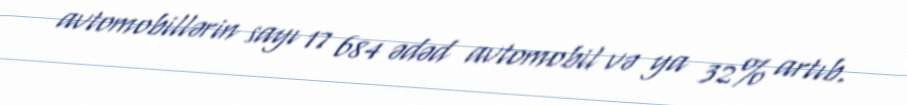
avtomobillərin sayı 17 684 ədəd avtomobil və ya 32% artıb.